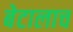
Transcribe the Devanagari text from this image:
बेटालाच